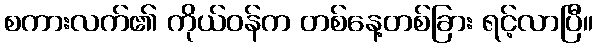
စကားလက်၏ ကိုယ်ဝန်က တစ်နေ့တစ်ခြား ရင့်လာပြီ။